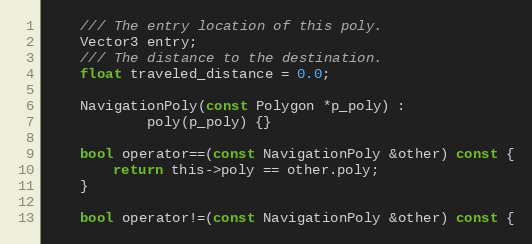
Language: C
	/// The entry location of this poly.
	Vector3 entry;
	/// The distance to the destination.
	float traveled_distance = 0.0;

	NavigationPoly(const Polygon *p_poly) :
			poly(p_poly) {}

	bool operator==(const NavigationPoly &other) const {
		return this->poly == other.poly;
	}

	bool operator!=(const NavigationPoly &other) const {